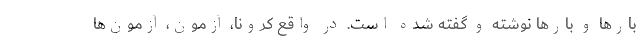
بارها و بارها نوشته و گفته شده است. در واقع کرونا، آزمون، آزمون‌ها